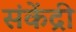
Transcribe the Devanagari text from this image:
संकेंद्री